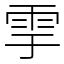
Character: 𩁹